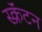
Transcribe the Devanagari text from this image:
स्क्रॅंटन